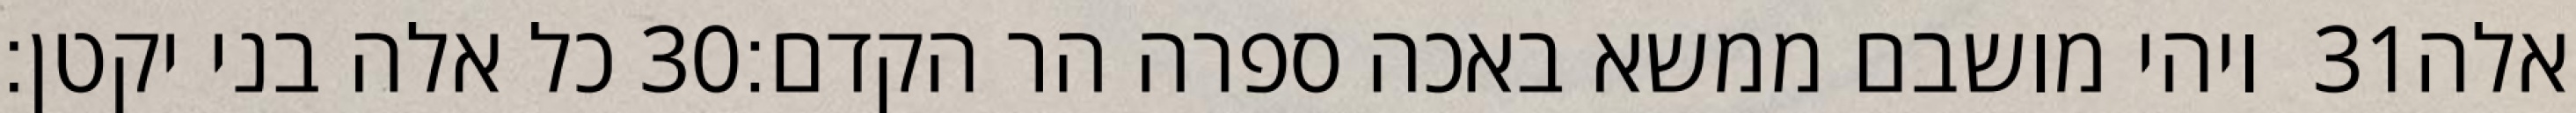
כל אלה בני יקטן׃ ‎30‏ ויהי מושבם ממשא באכה ספרה הר הקדם׃ ‎31‏ אלה